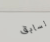
لسابق